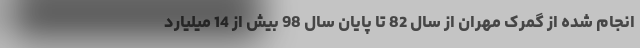
انجام شده از گمرک مهران از سال 82 تا پایان سال 98 بیش از 14 میلیارد